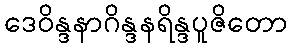
ဒေဝိန္ဒနာဂိန္ဒနရိန္ဒပူဇိတော